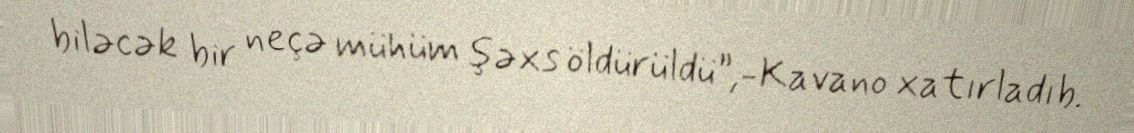
biləcək bir neçə mühüm şəxs öldürüldü”,-Kavano xatırladıb.